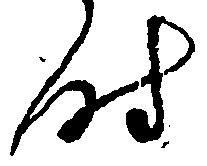
時